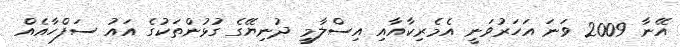
އޭނާ 2009 ވަނަ އަހަރުވަނީ އެމެރިކާއާއި އިސްލާމީ ދުނިޔޭގެ ގުޅުންތަކުގެ އައު ސަފްހާއެއް